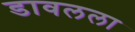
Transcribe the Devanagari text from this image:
डावलला